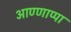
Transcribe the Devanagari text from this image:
आण्णाप्पा